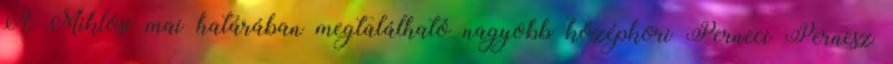
A Miklósi mai határában megtalálható nagyobb középkori Perneci Pernesz